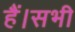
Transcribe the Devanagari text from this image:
हैं।सभी